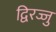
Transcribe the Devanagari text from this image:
द्विरज्जु